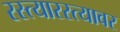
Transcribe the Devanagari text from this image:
रस्त्यारस्त्यावर